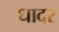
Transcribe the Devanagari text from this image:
धादर